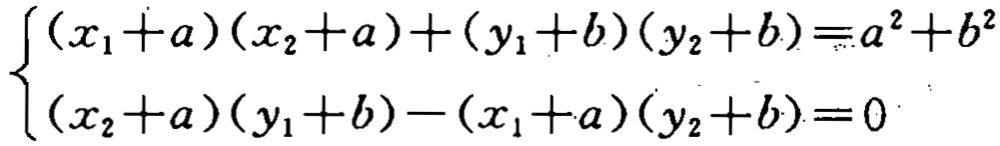
\[\begin{cases}(x_1 + a)(x_2 + a)+(y_1 + b)(y_2 + b)=a^2 + b^2\\(x_2 + a)(y_1 + b)-(x_1 + a)(y_2 + b)=0\end{cases}\]